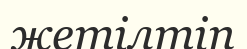
жетілтіп